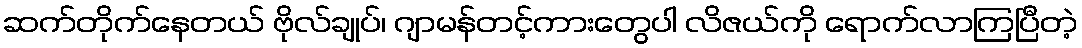
ဆက်တိုက်နေတယ် ဗိုလ်ချုပ်၊ ဂျာမန်တင့်ကားတွေပါ လိဇယ်ကို ရောက်လာကြပြီတဲ့